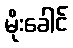
မိုးခေါင်